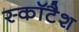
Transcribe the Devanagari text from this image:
स्कॉटैश